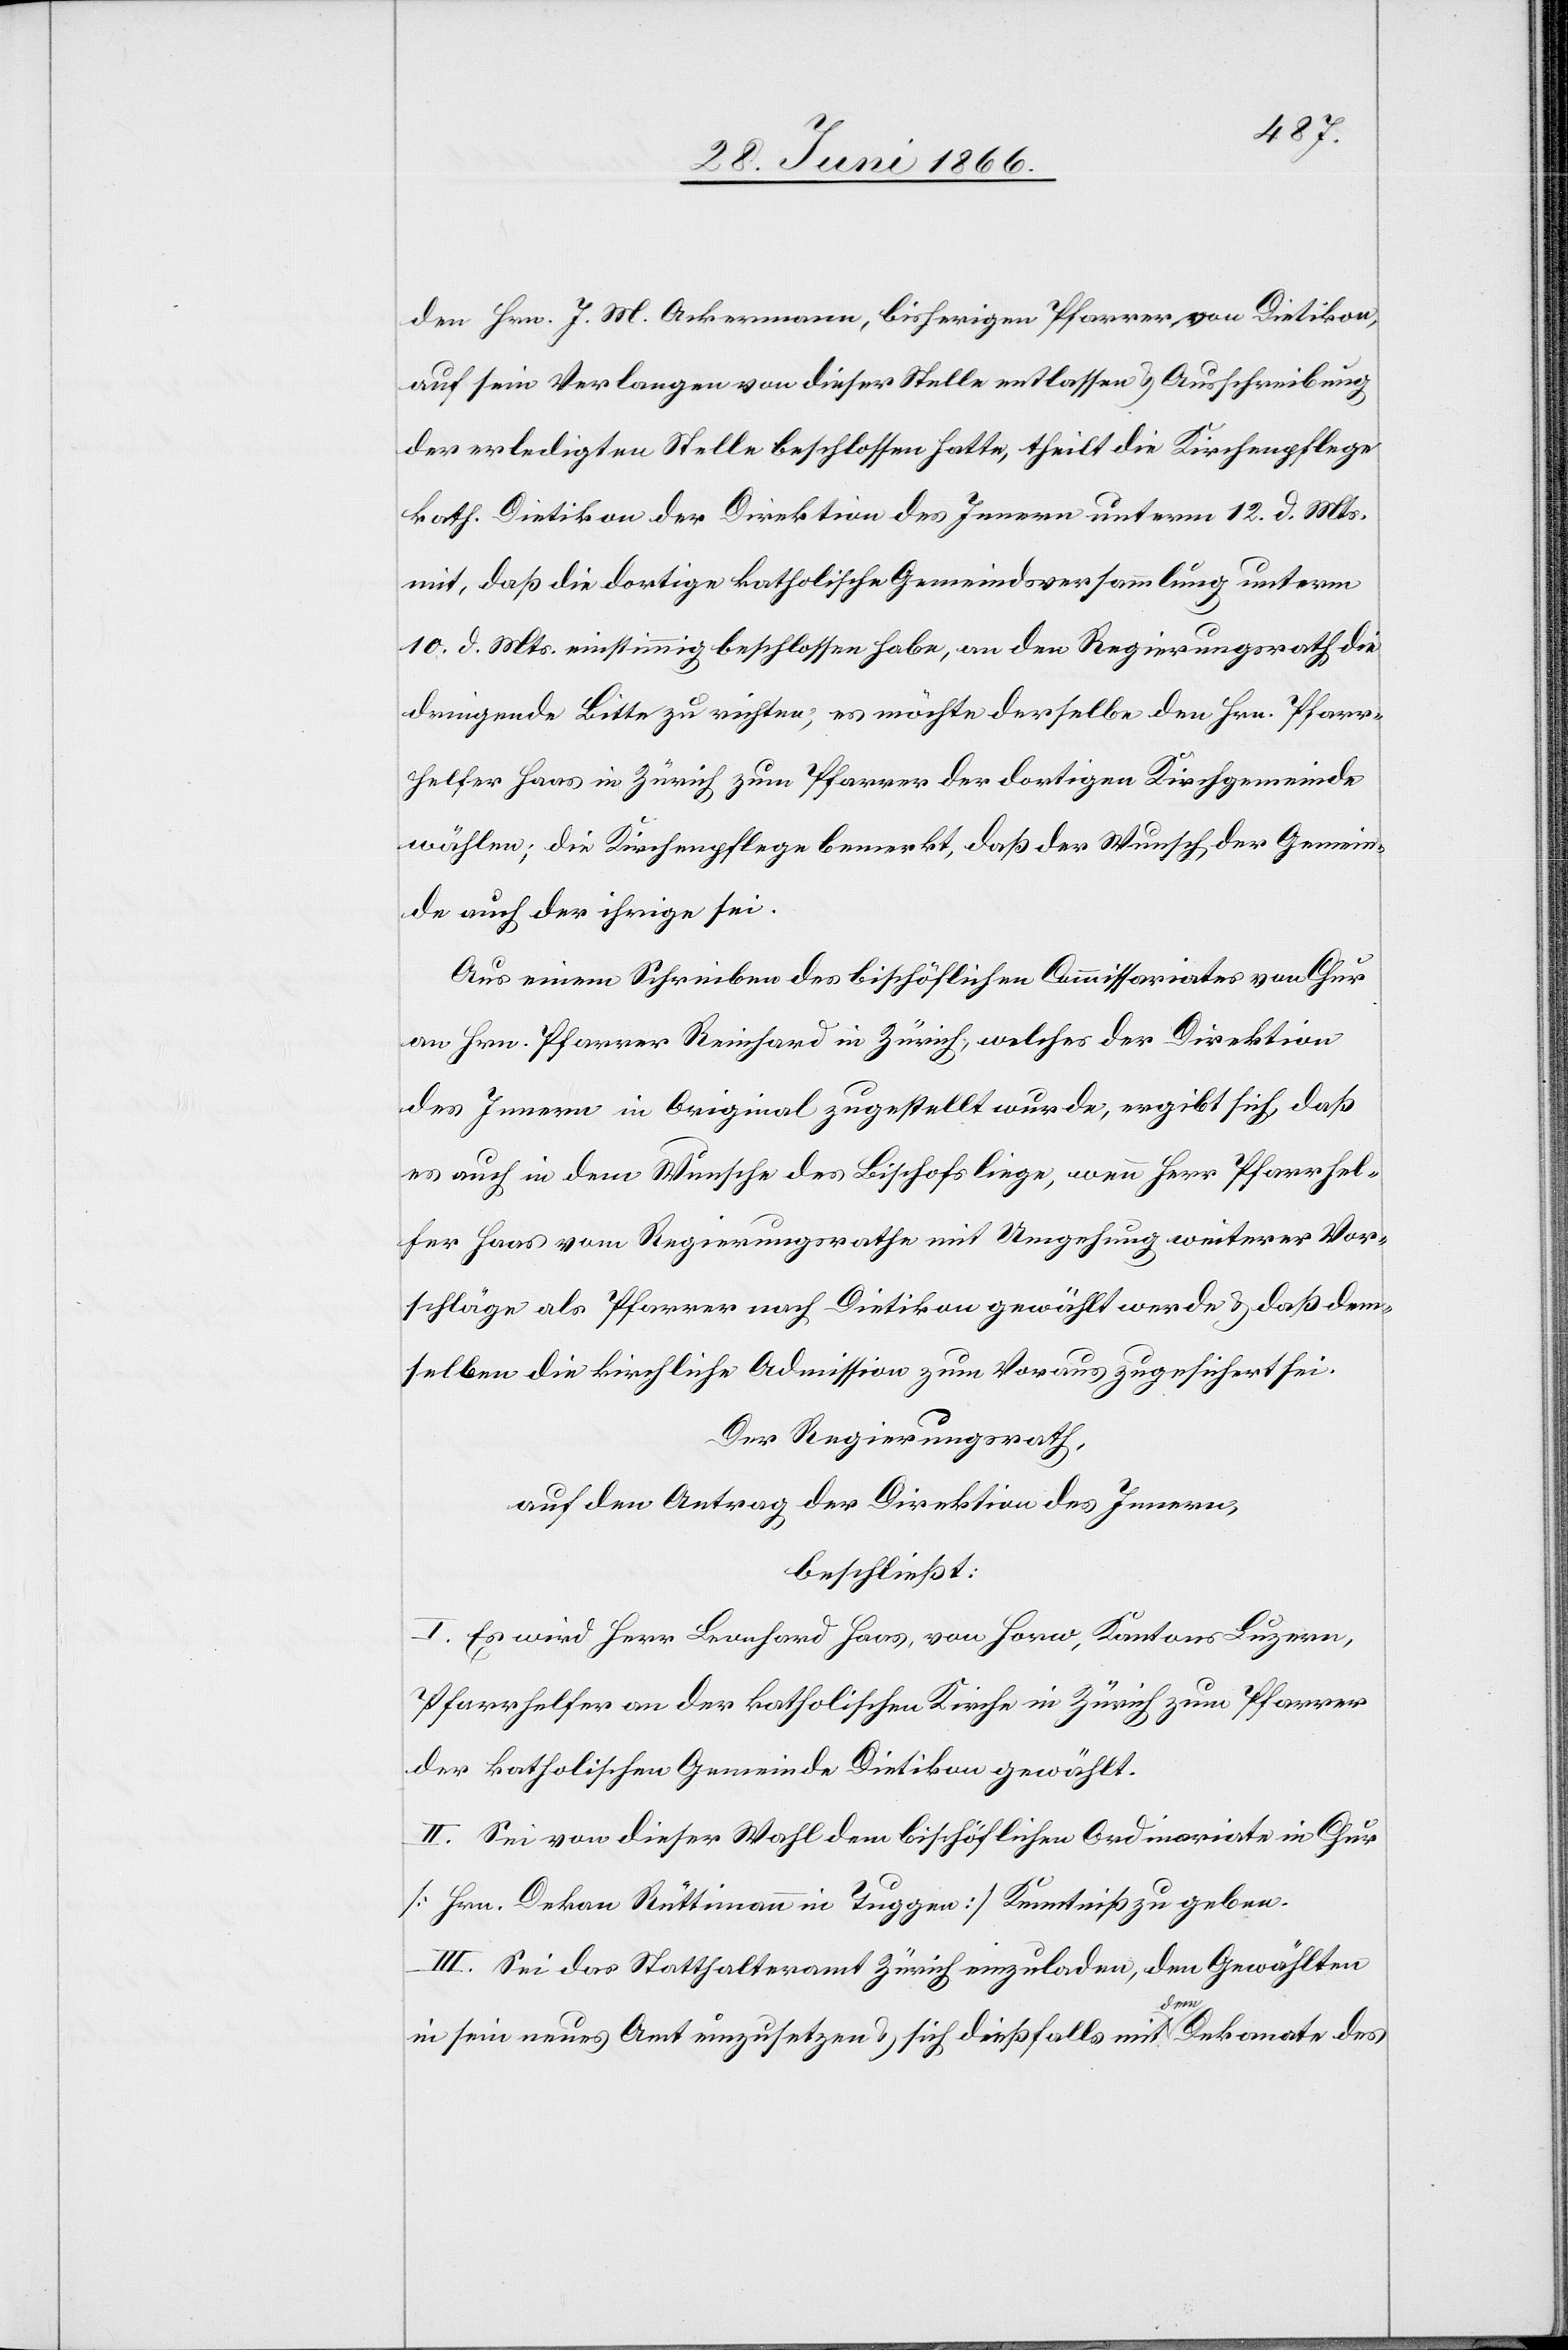
den Hrn. J. M. Ackermann, bisherigen Pfarrer von Dietikon,
auf sein Verlangen von dieser Stelle entlassen u. Ausschreibung
der erledigten Stelle beschlossen hatte, theilt die Kirchenpflege
kath. Dietikon der Direktion des Innern unterm 12. d. Mts.
mit, daß die dortige katholische Gemeindsversammlung unterm
10. d. Mts. einstimmig beschlossen habe, an den Regierungsrath die
dringende Bitte zu richten, es möchte derselbe den Hrn. Pfarr¬
helfer Haas in Zürich zum Pfarrer der dortigen Kirchgemeinde
wählen; die Kirchenpflege bemerkt, daß der Wunsch der Gemein¬
de auch der ihrige sei.
Aus einem Schreiben des bischöflichen Commissariates von Chur
an Hrn. Pfarrer Reinhard in Zürich, welches der Direktion
des Innern im Original zugestellt wurde, ergibt sich, daß
es auch in dem Wunsche des Bischofs liege, wenn Herr Pfarrhel¬
fer Haas vom Regierungsrathe mit Umgehung weiterer Vor¬
schläge als Pfarrer nach Dietikon gewählt werde u. daß dem¬
selben die kirchliche Admission zum Voraus zugesichert sei.
Der Regierungsrath,
auf den Antrag der Direktion des Innern,
beschließt:
I. Es wird Herr Leonhard Haas, von Horw, Kantons Luzern,
Pfarrhelfer an der katholischen Kirche in Zürich zum Pfarrer
der katholischen Gemeinde Dietikon gewählt.
II. Sei von dieser Wahl dem bischöflichen Ordinariate in Chur
[Hrn. Dekan Rüttimann in Tuggen] Kenntniß zu geben.
III. Sei das Statthalteramt Zürich einzuladen, den Gewählten
in sein neues Amt einzuführen u. sich dießfalls mit dem Dekanate des